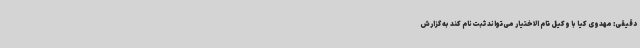
دقیقی: مهدوی کیا با وکیل تام الاختیار می‌تواند ثبت‌نام کند به گزارش